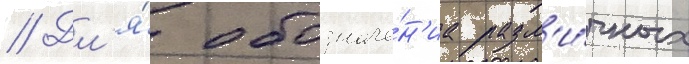
// Дл'я́ обозначе́н'иа разл'и́чных